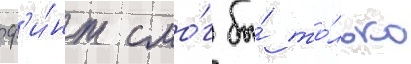
ф'и́нт смо́г бы́ то́лько